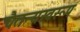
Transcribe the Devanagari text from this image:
चैतन्यस्वरूप